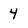
Character: 4